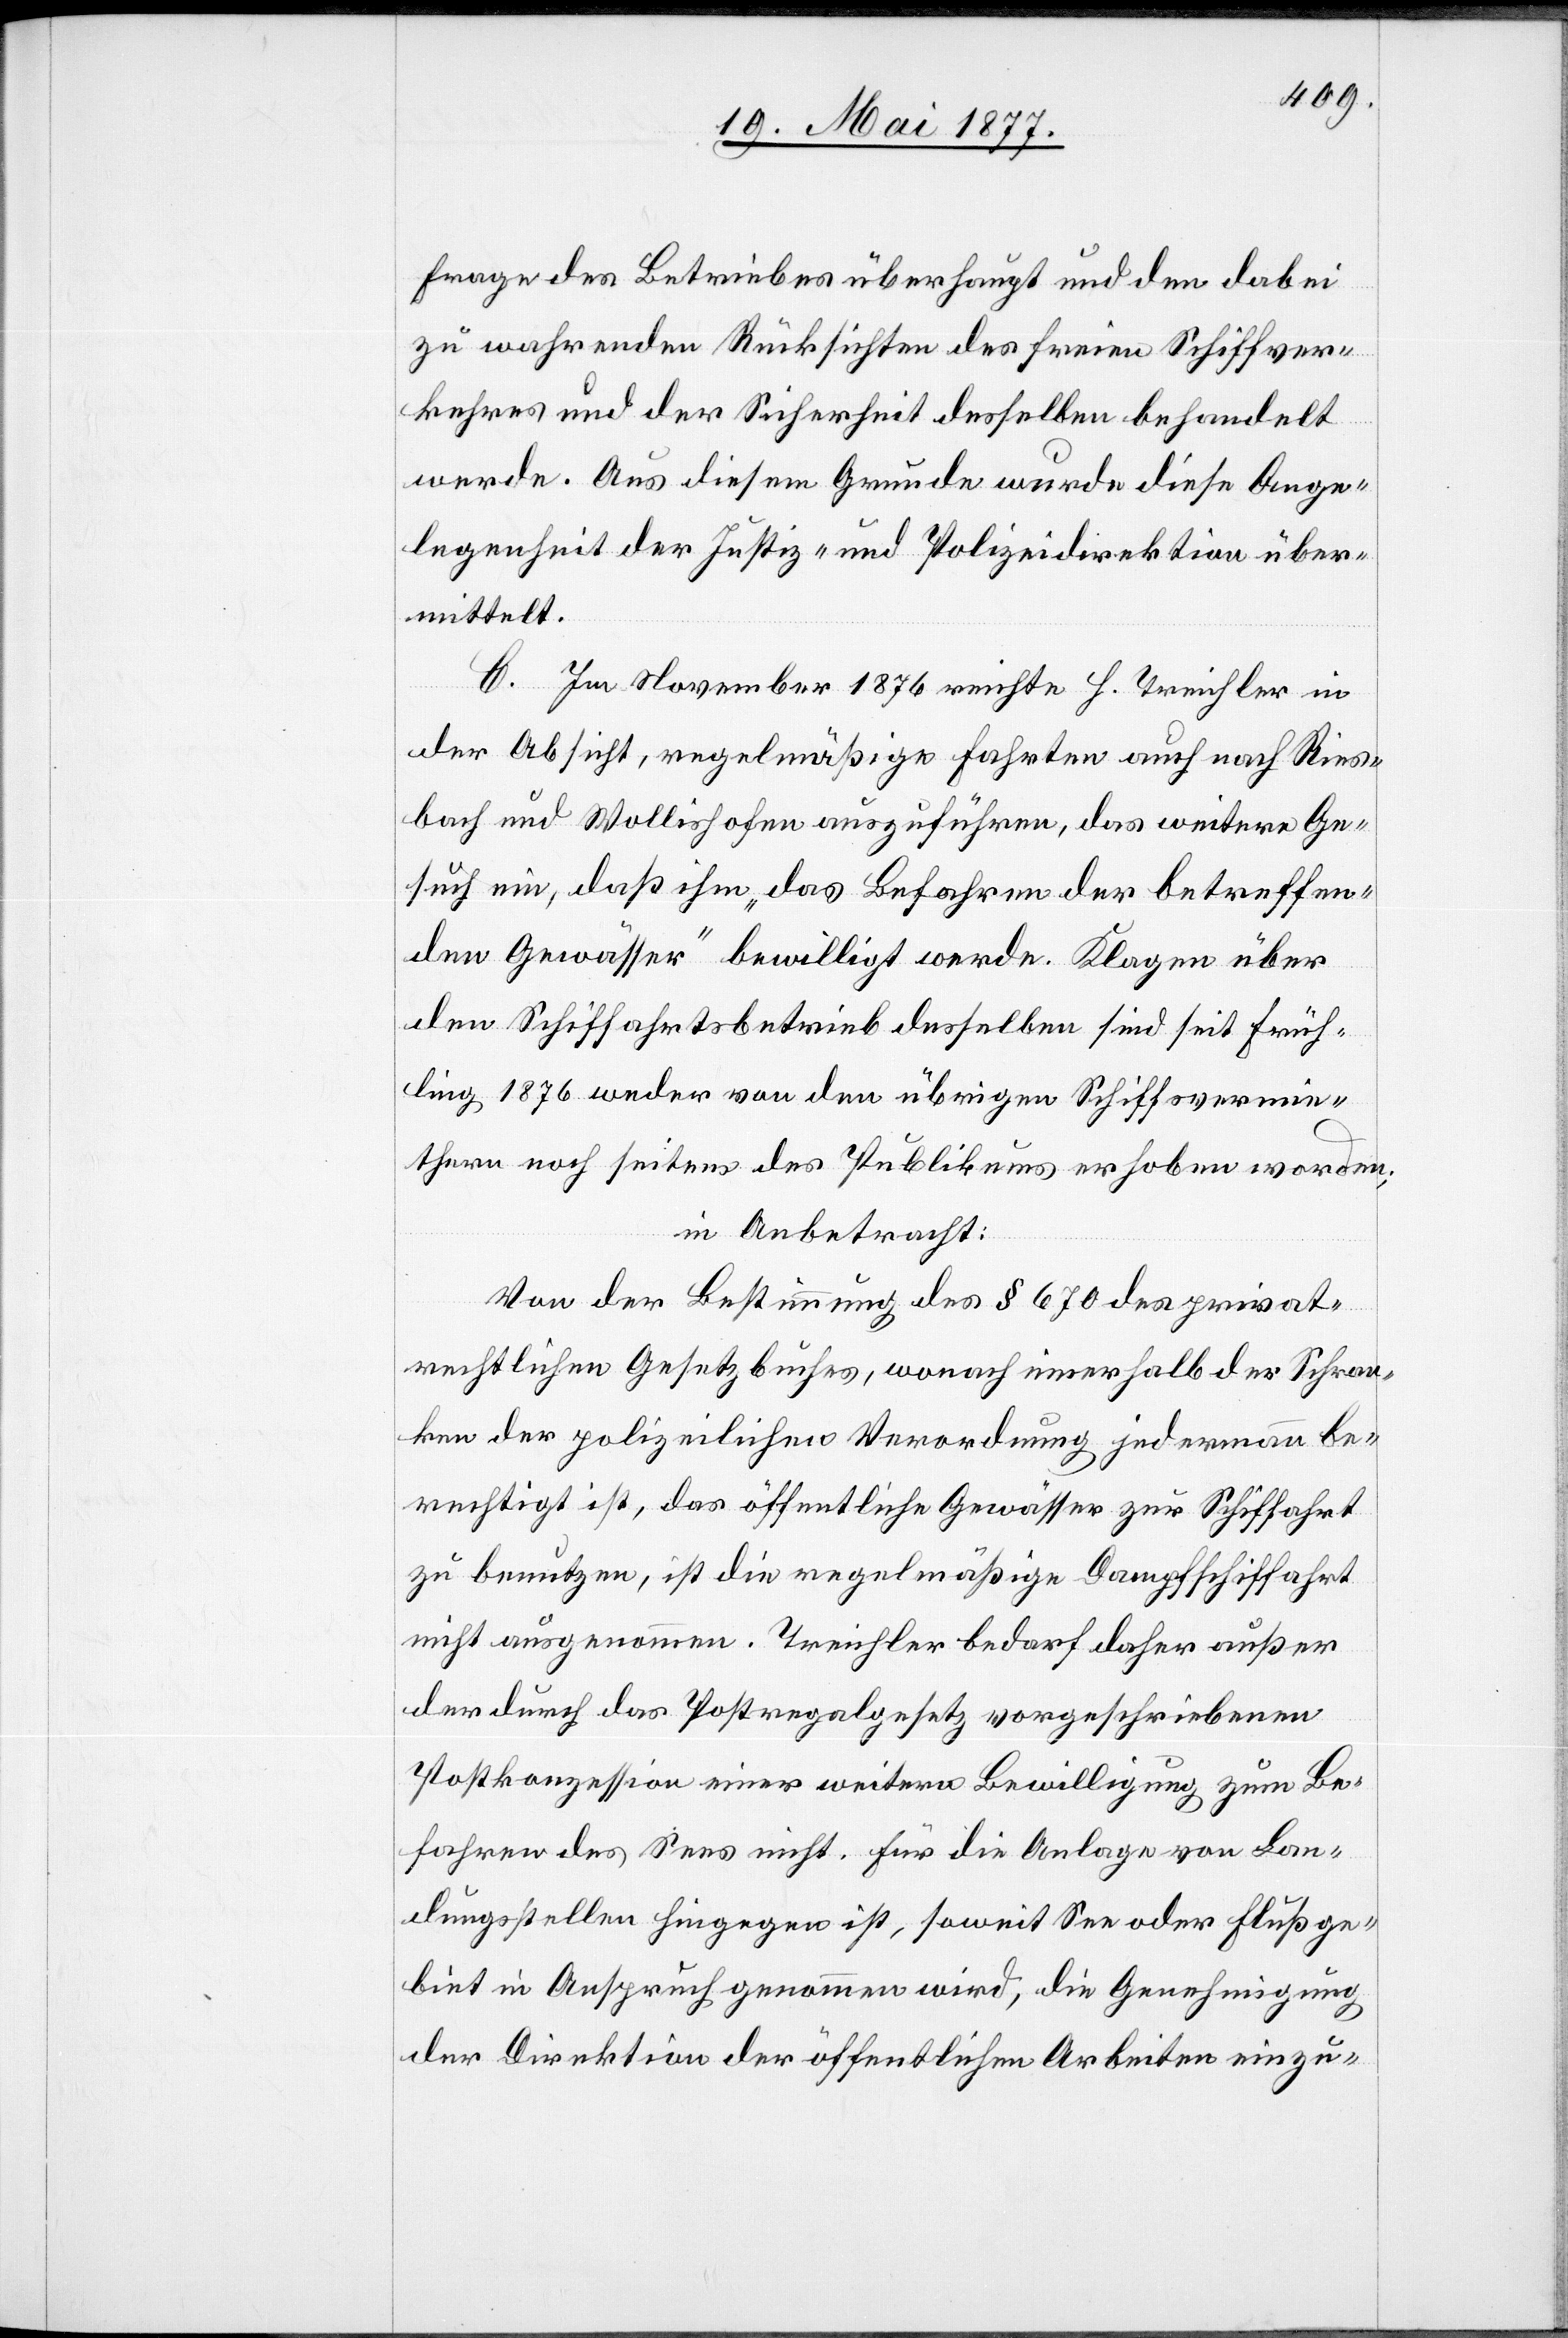
Frage des Betriebes überhaupt und den dabei
zu wahrenden Rücksichten des freien Schiffver¬
kehrs und der Sicherheit desselben behandelt
werde. Aus diesem Grunde wurde diese Ange¬
legenheit der Justiz- und Polizeidirektion über¬
mittelt.
C. Im November 1876 reichte H. Treichler in
der Absicht, regelmäßige Fahrten auch nach Ries¬
bach und Wollishofen auszuführen, das weitere Ge¬
such ein, daß ihm „das Befahren der betreffen¬
den Gewässer“ bewilligt werde. Klagen über
den Schiffahrtsbetrieb desselben sind seit Früh¬
ling 1876 weder von den übrigen Schiffsvermie¬
thern noch seitens des Publikums erhoben worden;
in Anbetracht:
Von der Bestimmung des § 670 des privat¬
rechtlichen Gesetzbuches, wonach innerhalb der Schran¬
ken der polizeilichen Verordnung jedermann be¬
rechtigt ist, das öffentliche Gewässer zur Schiffahrt
zu benutzen, ist die regelmäßige Dampfschiffahrt
nicht ausgenommen. Treichler bedarf daher außer
der durch das Postregalgesetz vorgeschriebenen
Postkonzession einer weitern Bewilligung zum Be¬
fahren des Sees nicht. Für die Anlage von Lan¬
dungsstellen hingegen ist, soweit See[-] oder Flußge¬
biet in Anspruch genommen wird, die Genehmigung
der Direktion der öffentlichen Arbeiten einzu-